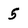
Character: 5